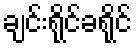
ချင်းရိုင်ခရိုင်